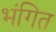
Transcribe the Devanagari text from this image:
भंगित